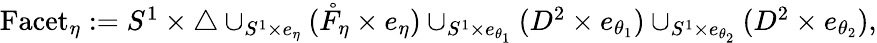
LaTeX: \begin{array}{r}{\mathrm{Facet}_{\eta}:=S^{1}\times\triangle\cup_{S^{1}\times e_{\eta}}(\mathring{F}_{\eta}\times e_{\eta})\cup_{S^{1}\times e_{\theta_{1}}}(D^{2}\times e_{\theta_{1}})\cup_{S^{1}\times e_{\theta_{2}}}(D^{2}\times e_{\theta_{2}}),}\end{array}